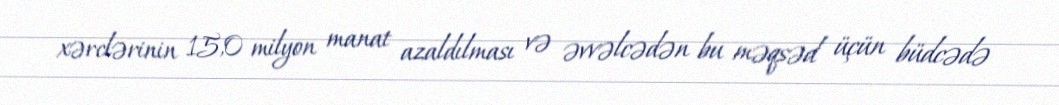
xərclərinin 15,0 milyon manat azaldılması və əvvəlcədən bu məqsəd üçün büdcədə